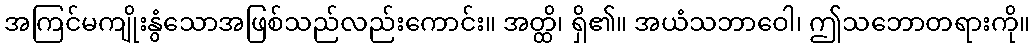
အကြင်မကျိုးနွံသောအဖြစ်သည်လည်းကောင်း။ အတ္ထိ၊ ရှိ၏။ အယံသဘာဝေါ၊ ဤသဘောတရားကို။